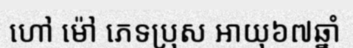
ហៅ ម៉ៅ ភេទប្រុស អាយុ៦៧ឆ្នាំ